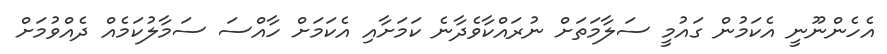
އެހެންނޫނީ އެކަމުން ގައުމީ ސަލާމަތަށް ނުރައްކާވެދާނެ ކަމަށާއި އެކަމަށް ހާއްސަ ސަމާލުކަމެއް ދެއްވުމަށް